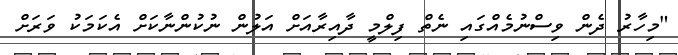
"މިހާރު ދެން ވިސްނުމެއްގައި ނެތް ފިލްމީ ދާއިރާއަށް އަލުން ނުކުންނާކަށް އެކަމަކު ވަރަށް